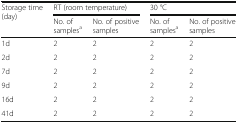
<table><thead><tr><td rowspan="2"><b>Storage time (day)</b></td><td colspan="2"><b>RT (room temperature)</b></td><td colspan="2"><b>30 °C</b></td></tr><tr><td><b>No. of samples<sup>a</sup></b></td><td><b>No. of positive samples</b></td><td><b>No. of samples<sup>a</sup></b></td><td><b>No. of positive samples</b></td></tr></thead><tbody><tr><td>1d</td><td>2</td><td>2</td><td>2</td><td>2</td></tr><tr><td>2d</td><td>2</td><td>2</td><td>2</td><td>2</td></tr><tr><td>7d</td><td>2</td><td>2</td><td>2</td><td>2</td></tr><tr><td>9d</td><td>2</td><td>2</td><td>2</td><td>2</td></tr><tr><td>16d</td><td>2</td><td>2</td><td>2</td><td>2</td></tr><tr><td>41d</td><td>2</td><td>2</td><td>2</td><td>2</td></tr></tbody></table>